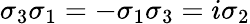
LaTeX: \sigma_{3}\sigma_{1}=-\sigma_{1}\sigma_{3}=i\sigma_{2}